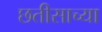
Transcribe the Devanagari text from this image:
छतीसाच्या